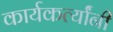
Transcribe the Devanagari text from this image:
कार्यकर्त्यांंनी